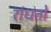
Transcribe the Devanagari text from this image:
रांधतो